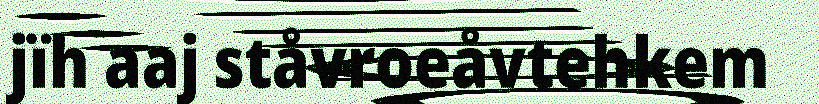
jïh aaj ståvroeåvtehkem